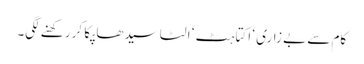
کام سے بے زاری ‘ اکتاہٹ ‘ الٹا سیدھا پکا کر رکھنے لگی۔